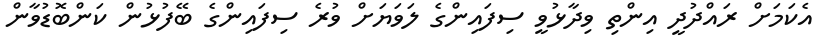
އެކަމަށް ރައްދުދީ އިންތި ވިދާޅުވީ ސިފައިންގެ ލަވަޔަށް ވުރެ ސިފައިންގެ ބޭފުޅުން ކަންބޮޑުވާން